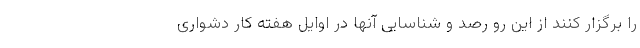
را برگزار کنند از این رو رصد و شناسایی آنها در اوایل هفته کار دشواری